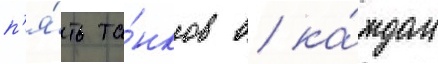
п'я́ть та́нков в ка́ждом